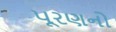
પૂરણનો